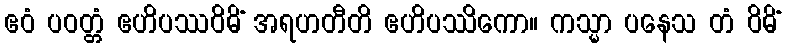
ဧဝံ ပဝတ္တံ ဧဟိပဿဝိဓိံ အရဟတီတိ ဧဟိပဿိကော။ ကသ္မာ ပနေသ တံ ဝိဓိံ